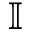
\mathbb { I }